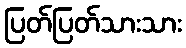
ပြတ်ပြတ်သားသား